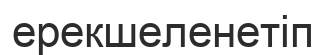
ерекшеленетіп